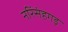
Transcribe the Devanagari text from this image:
नरिंसंहगड़